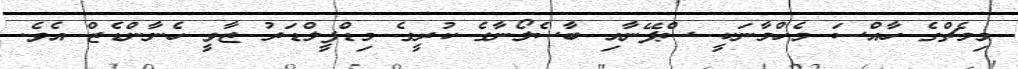
މިމެޗްގެ ހާއްސަ މެހްމާނަކީ ސްޕޭނާއި ބާސެލޯނާގެ ކުރީގެ މިޑްފީލްޑަރު ޒާވީ ހެނާންޑެޒް އެެވެ.